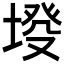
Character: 𡍰